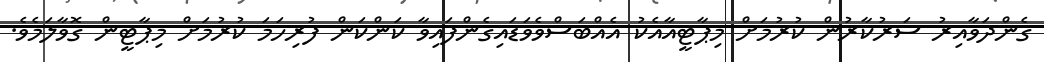
ގެންދަވާއިރު ސަރުކާރުން ކުރުމަށް މިޕާޓީއާއެކު އެއްބަސްވެވަޑައިގެންފައިވާ ކަންކަން ފުރިހަމަ ކުރުމަށް މިޕާޓީން ގޮވާލަމެވެ.